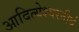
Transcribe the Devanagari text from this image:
आदित्येश्वरतीर्थ